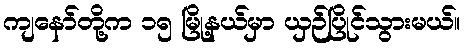
ကျနော်တို့က ၁၅ မြို့နယ်မှာ ယှဉ်ပြိုင်သွားမယ်။